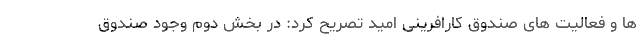
ها و فعالیت های صندوق کارافرینی امید تصریح کرد: در بخش دوم وجود صندوق